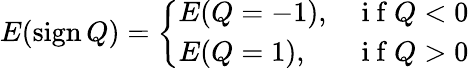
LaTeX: E(\textnormal{sign}\, Q)=\left\{ \begin{array}{ll}{E(Q=-1),}&{\mathrm{~i~f~}Q<0}\\ {E(Q=1),}&{\mathrm{~i~f~}Q>0}\end{array}\right.